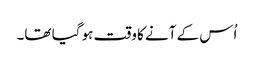
اُس کے آنے کا وقت ہو گیا تھا۔